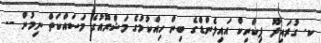
ކ. ގުރައިދޫ ޕިކްނިކް އައިލެންޑްގެ ބިން ހިއްކުމުގެ މަޝްރޫއުގެ މަސައްކަތް ނިމުން --